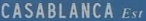
CASABLANCA EST